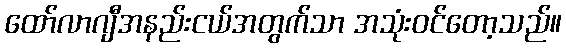
ထော်လာဂျီအနည်းငယ်အတွက်သာ အသုံးဝင်တော့သည်။